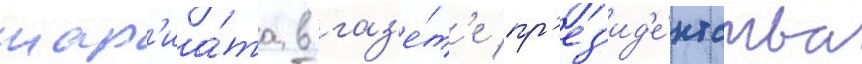
шар'иа́та в газ'е́т'е пр'ез'ид'е́нтства